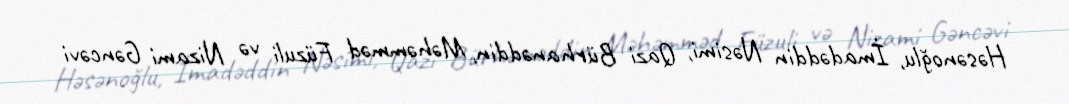
Həsənoğlu, İmadəddin Nəsimi, Qazi Bürhanəddin, Məhəmməd Füzuli və Nizami Gəncəvi